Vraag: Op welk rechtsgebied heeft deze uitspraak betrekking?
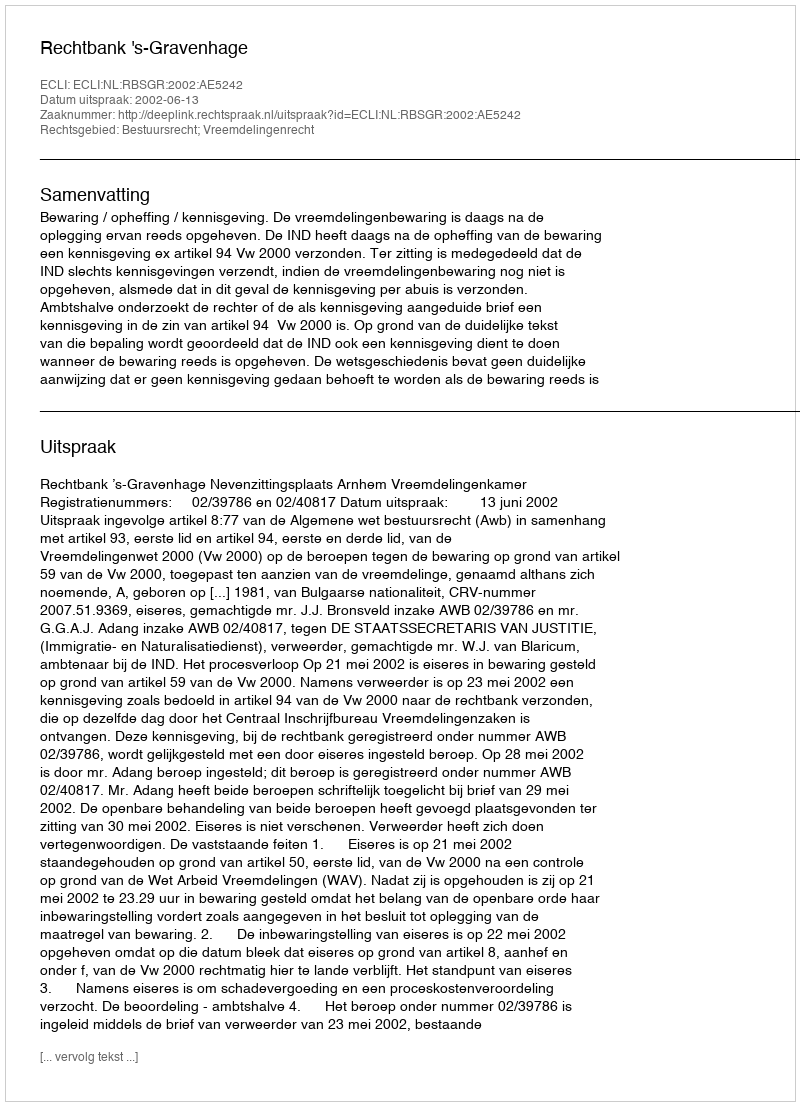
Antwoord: Bestuursrecht; Vreemdelingenrecht